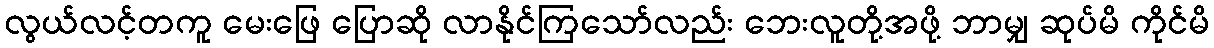
လွယ်လင့်တကူ မေးဖြေ ပြောဆို လာနိုင်ကြသော်လည်း ဘေးလူတို့အဖို့ ဘာမျှ ဆုပ်မိ ကိုင်မိ